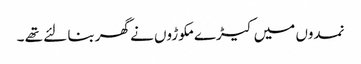
نمدوں میں کیڑے مکوڑوں نے گھربنا لئے تھے ۔